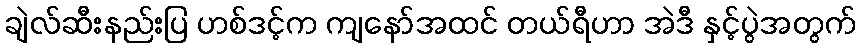
ချဲလ်ဆီးနည်းပြ ဟစ်ဒင့်က ကျနော်အထင် တယ်ရီဟာ အဲဒီ နှင့်ပွဲအတွက်